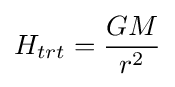
H_{trt}={\frac {GM}{r^{2}}}